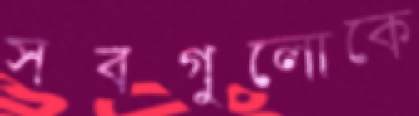
সবগুলোকে